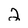
Character: 2